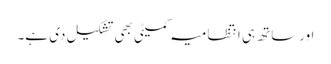
اورساتھ ہی انتظامیہ کمیٹی بھی تشکیل دی ہے۔